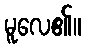
မူလေ၏။